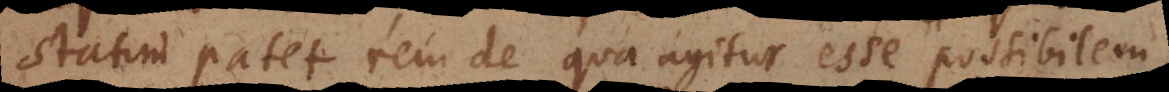
statim patet rem de qua agitur esse possibilem,